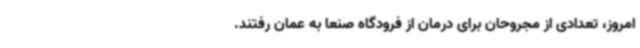
امروز، تعدادی از مجروحان برای درمان از فرودگاه صنعا به عمان رفتند.